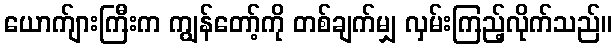
ယောက်ျားကြီးက ကျွန်တော့်ကို တစ်ချက်မျှ လှမ်းကြည့်လိုက်သည်။